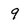
Character: 9